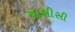
ચાલીસી